Malaria in India - Number 2
Disease focus: Malaria
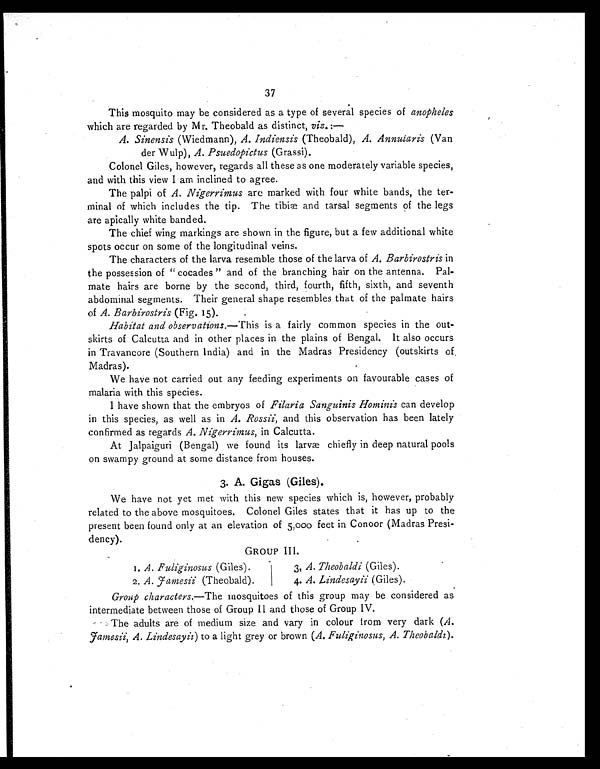
37
This mosquito may be considered as a type of several species of anopheles
which are regarded by Mr. Theobald as distinct, viz. :—
A. Sinensis (Wiedmann), A. Indiensis (Theobald), A. Annularis (Van
der Wu1p), A. Psuedopictus (Grassi).
Colonel Giles, however, regards all these as one moderately variable species,
and with this view I am inclined to agree.
The palpi of A. Nigerrimus are marked with four white bands, the ter-
minal of which includes the tip. The tibiæ and tarsal segments of the legs
are apically white banded.
The chief wing markings are shown in the figure, but a few additional white
spots occur on some of the longitudinal veins.
The characters of the larva resemble those of the larva of A. Barbirostris in
the possession of " cocades " and of the branching hair on the antenna. Pal-
mate hairs are borne by the second, third, fourth, fifth, sixth, and seventh
abdominal segments. Their general shape resembles that of the palmate hairs
of A. Barbirostris (Fig. 15).
Habitat and observations.—This is a fairly common species in the out-
skirts of Calcutta and in other places in the plains of Bengal. It also occurs
in Travancore (Southern India) and in the Madras Presidency (outskirts of,
Madras).
We have not carried out any feeding experiments on favourable cases of
malaria with this species.
I have shown that the embryos of Filaria Sanguinis Hominis can develop
in this species, as well as in A. Rossii, and this observation has been lately
confirmed as regards A. Nigerrimus, in Calcutta.
At Jalpaiguri (Bengal) we found its larvæ chiefly in deep natural pools
on swampy ground at some distance from houses.
3. A. Gigas (Giles).
We have not yet met with this new species which is, however, probably
related to the above mosquitoes. Colonel Giles states that it has up to the
present been found only at an elevation of 5,000 feet in Conoor (Madras Presi-
dency).
GROUP III.
1. A. Fuliginosus (Giles). 3, A. Theobaldi (Giles).
2. A.Jamesii (Theobald).
4. A. Lindesayii (Giles).
Group characters.—The mosquitoes of this group may be considered as
intermediate between those of Group 11 and those of Group IV.
The adults are of medium size and vary in colour from very dark (A.
Jamesii, A. Lindesayii) to a light grey or brown (A. Fuliginosus, A. Theobaldi).